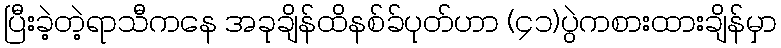
ပြီးခဲ့တဲ့ရာသီကနေ အခုချိန်ထိနစ်ခ်ပုတ်ဟာ (၄၁)ပွဲကစားထားချိန်မှာ